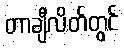
တာချီလိတ်တွင်